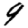
Digit: 9